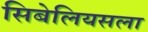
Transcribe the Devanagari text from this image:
सिबेलियसला